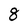
Character: 8